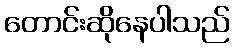
တောင်းဆိုနေပါသည်